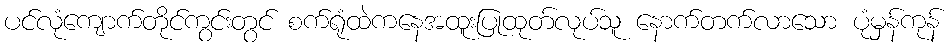
ပင်လုံကျောက်တိုင်ကွင်းတွင် စက်ရုံထဲကနေအထူးပြုထုတ်လုပ်သူ နောက်တက်လာသော ပုံမှန်ကုန်